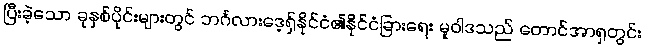
ပြီးခဲ့သော ခုနှစ်ပိုင်းများတွင် ဘင်္ဂလားဒေ့ရှ်နိုင်ငံ၏နိုင်ငံခြားရေး မူဝါဒသည် တောင်အာရှတွင်း